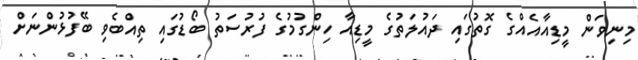
މިނިވަން މީޑިއާއެއްގެ ގޮތުގައި ދައުލަތުގެ މީޑިއާ ހިންގުމުގެ ފުރުސަތު ބޯޑުގައި ތިއްބެވި ބޭފުޅުންނަށް